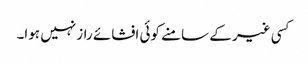
کسی غیر کے سامنے کوئی افشائے راز نہیں ہوا۔